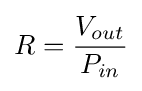
R={V_{out} \over P_{in}}